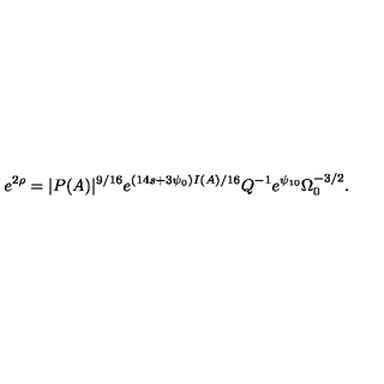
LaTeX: e ^ { 2 \rho } = | P ( A ) | ^ { 9 / 1 6 } e ^ { ( 1 4 s + 3 \psi _ { 0 } ) I ( A ) / 1 6 } Q ^ { - 1 } e ^ { \psi _ { 1 0 } } \Omega _ { 0 } ^ { - 3 / 2 } .